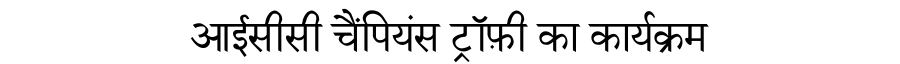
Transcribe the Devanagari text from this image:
आईसीसी चैंपियंस ट्रॉफ़ी का कार्यक्रम